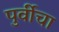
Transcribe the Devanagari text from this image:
पुर्वीचा